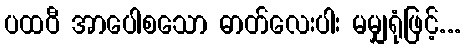
ပထဝီ အာပေါစသော ဓာတ်လေးပါး မမျှရုံဖြင့်...